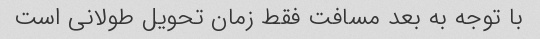
با توجه به بعد مسافت فقط زمان تحویل طولانی است